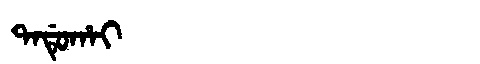
Manchu: ᡨᠠᡩᡠᡥᠠᡳ
Romanization: TADUHAI